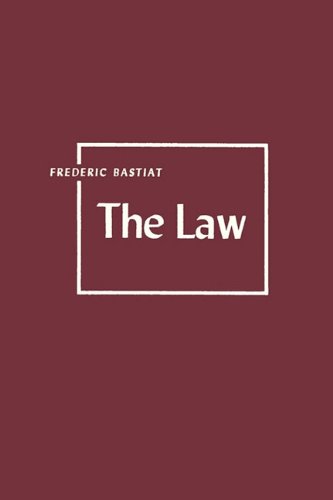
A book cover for The Law; Frederic Bastiat; Law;